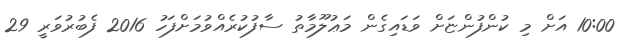
10:00 އަށް މި ކުންފުންޏަށް ވަޑައިގެން މަޢުލޫމާތު ސާފުކުރެއްވުމަށްފަހު 2016 ފެބުރުވަރީ 29